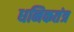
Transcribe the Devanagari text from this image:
धनिकतंत्र